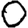
Digit: 0